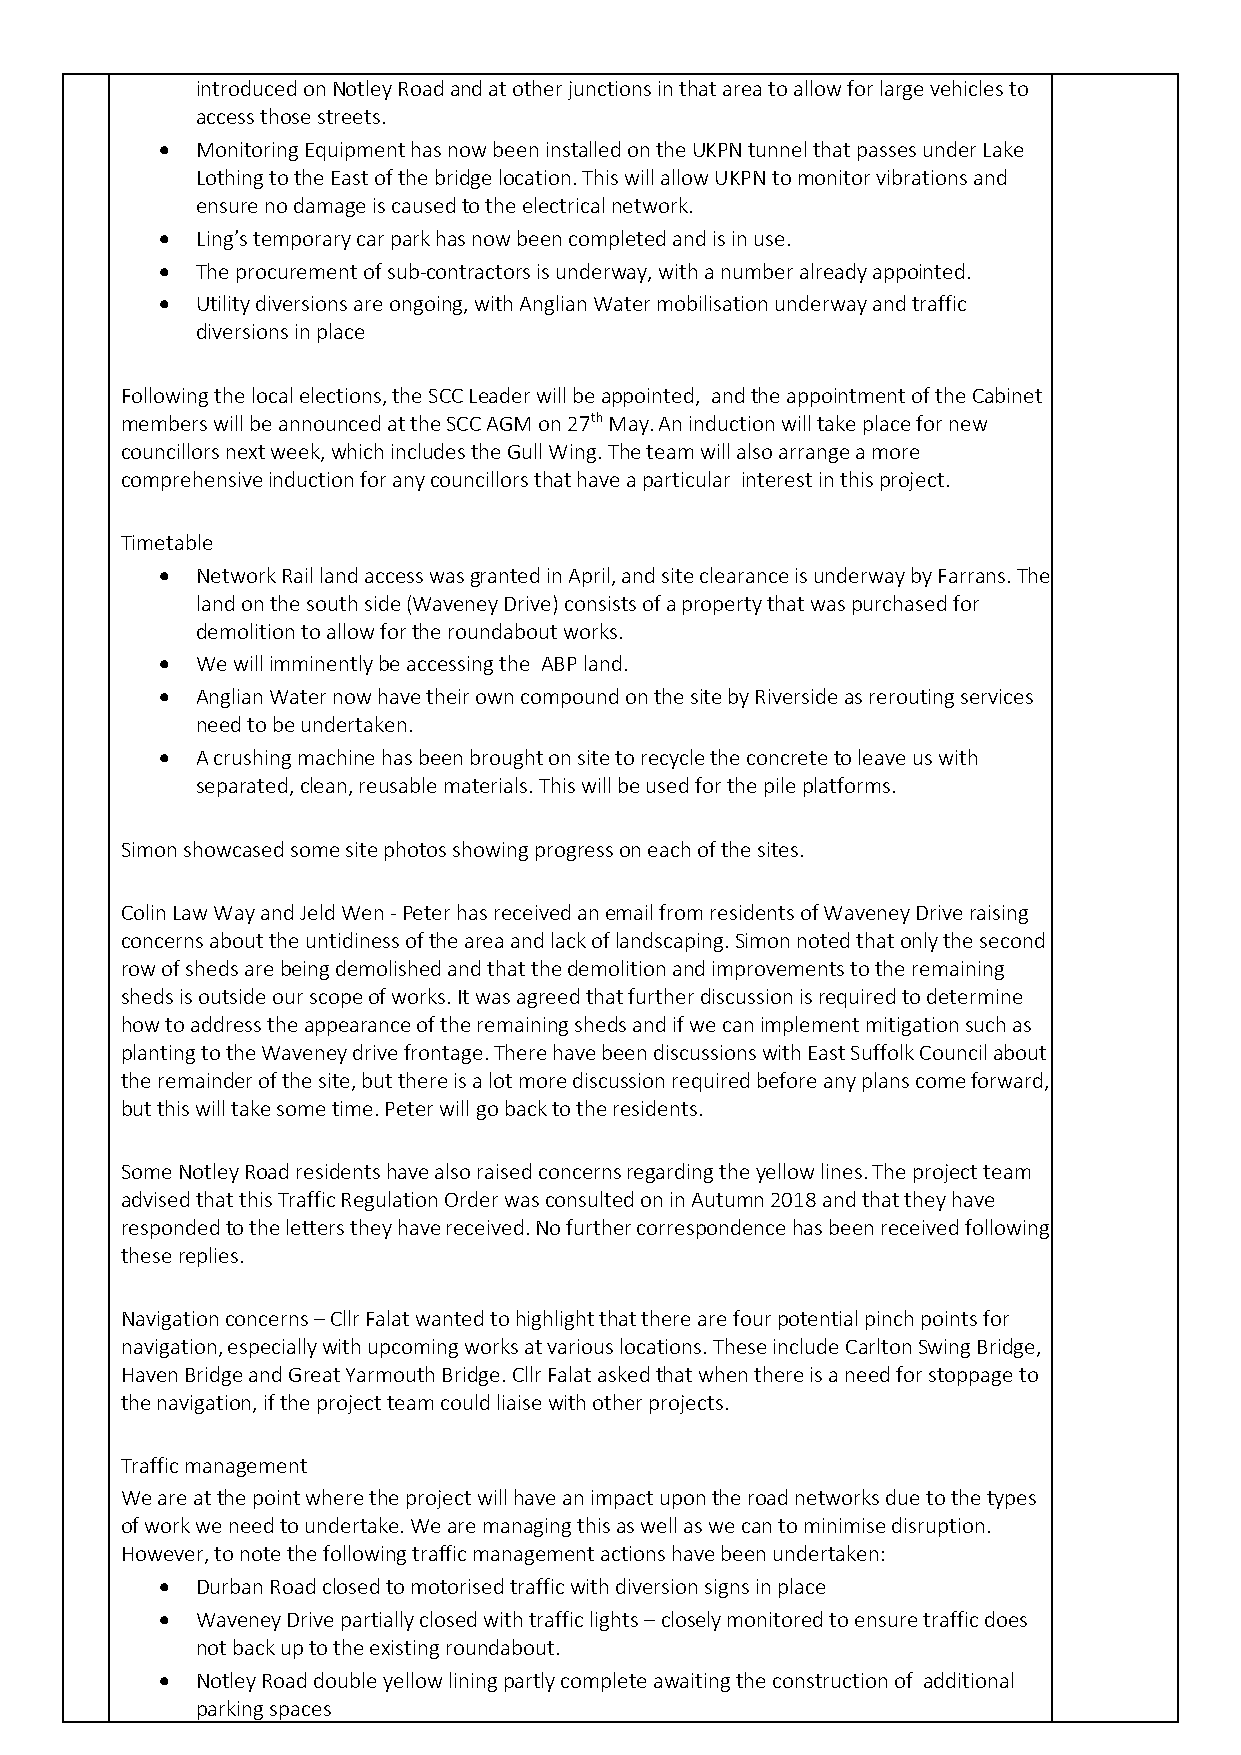
introduced on Notley Road and at other junctions in that area to allow for large vehicles to
 access those streets.
 •  Monitoring Equipment has now been installed on the UKPN tunnel that passes under Lake
 Lothing to the East of the bridge location. This will allow UKPN to monitor vibrations and
 ensure no damage is caused to the electrical network.
 •  Ling’s temporary car park has now been completed and is in use.
 •  The procurement of sub-contractors is underway, with a number already appointed.
 •  Utility diversions are ongoing, with Anglian Water mobilisation underway and traffic
 diversions in place
 Following the local elections, the SCC Leader will be appointed, and the appointment of the Cabinet
 members will be announced at the SCC AGM on 27th May. An induction will take place for new
 councillors next week, which includes the Gull Wing. The team will also arrange a more
 comprehensive induction for any councillors that have a particular interest in this project.
 Timetable
 •  Network Rail land access was granted in April, and site clearance is underway by Farrans. The
 land on the south side (Waveney Drive) consists of a property that was purchased for
 demolition to allow for the roundabout works.
 •  We will imminently be accessing the ABP land.
 •  Anglian Water now have their own compound on the site by Riverside as rerouting services
 need to be undertaken.
 •  A crushing machine has been brought on site to recycle the concrete to leave us with
 separated, clean, reusable materials. This will be used for the pile platforms.
 Simon showcased some site photos showing progress on each of the sites.
 Colin Law Way and Jeld Wen - Peter has received an email from residents of Waveney Drive raising
 concerns about the untidiness of the area and lack of landscaping. Simon noted that only the second
 row of sheds are being demolished and that the demolition and improvements to the remaining
 sheds is outside our scope of works. It was agreed that further discussion is required to determine
 how to address the appearance of the remaining sheds and if we can implement mitigation such as
 planting to the Waveney drive frontage. There have been discussions with East Suffolk Council about
 the remainder of the site, but there is a lot more discussion required before any plans come forward,
 but this will take some time. Peter will go back to the residents.
 Some Notley Road residents have also raised concerns regarding the yellow lines. The project team
 advised that this Traffic Regulation Order was consulted on in Autumn 2018 and that they have
 responded to the letters they have received. No further correspondence has been received following
 these replies.
 Navigation concerns – Cllr Falat wanted to highlight that there are four potential pinch points for
 navigation, especially with upcoming works at various locations. These include Carlton Swing Bridge,
 Haven Bridge and Great Yarmouth Bridge. Cllr Falat asked that when there is a need for stoppage to
 the navigation, if the project team could liaise with other projects.
 Traffic management
 We are at the point where the project will have an impact upon the road networks due to the types
 of work we need to undertake. We are managing this as well as we can to minimise disruption.
 However, to note the following traffic management actions have been undertaken:
 •  Durban Road closed to motorised traffic with diversion signs in place
 •  Waveney Drive partially closed with traffic lights – closely monitored to ensure traffic does
 not back up to the existing roundabout.
 •  Notley Road double yellow lining partly complete awaiting the construction of additional
 parking spaces